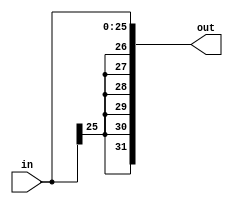
`timescale 1ns / 1ps

module sign_extend(input[25:0]in,output[31:0]out);
assign out={{6{in[25]}},in};
endmodule